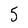
Character: 5